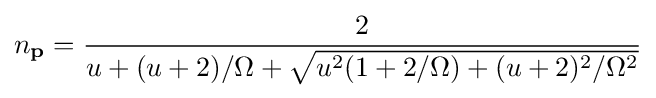
n_{\mathbf {p} }={2 \over u+(u+2)/\Omega +{\sqrt {u^{2}(1+2/\Omega )+(u+2)^{2}/\Omega ^{2}}}}